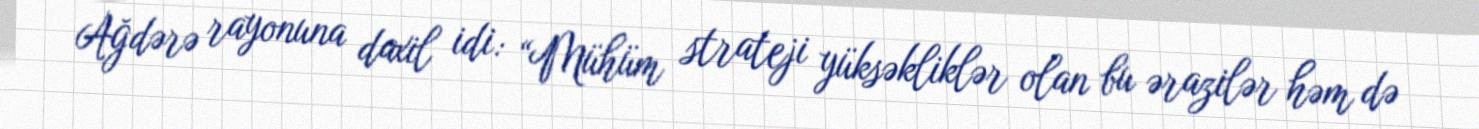
Ağdərə rayonuna daxil idi: “Mühüm strateji yüksəkliklər olan bu ərazilər həm də